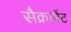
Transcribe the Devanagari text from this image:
सैक्रामेंट